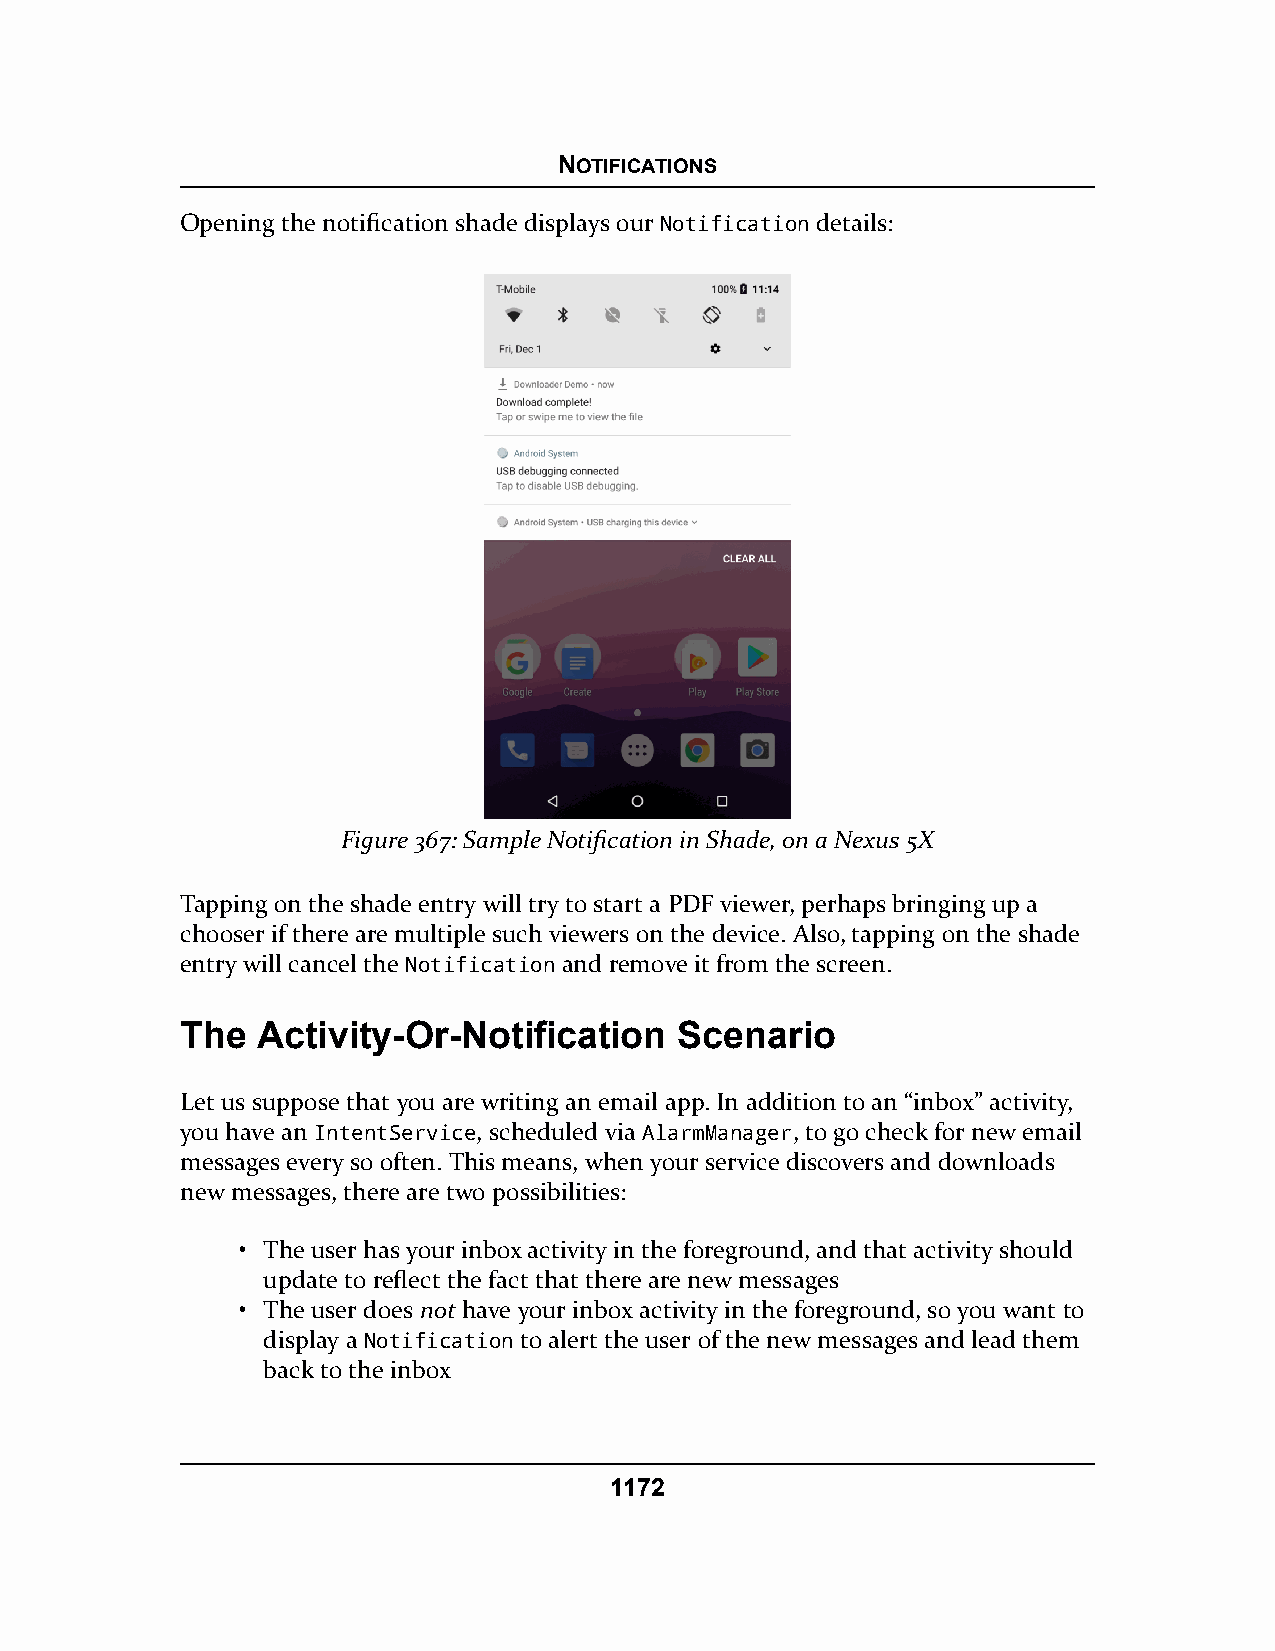
NOTIFICATIONS
 Opening the notification shade displays our Notification details:
 Figure 367: Sample Notification in Shade, on a Nexus 5X
 Tapping on the shade entry will try to start a PDF viewer, perhaps bringing up a
 chooser if there are multiple such viewers on the device. Also, tapping on the shade
 entry will cancel the Notification and remove it from the screen.
 The  Activity-Or-Notification    Scenario
 Let us suppose that you are writing an email app. In addition to an “inbox” activity,
 you have an IntentService, scheduled via AlarmManager, to go check for new email
 messages every so often. This means, when your service discovers and downloads
 new messages, there are two possibilities:
 • The user has your inbox activity in the foreground, and that activity should
 update to reflect the fact that there are new messages
 • The user does not have your inbox activity in the foreground, so you want to
 display a Notification to alert the user of the new messages and lead them
 back to the inbox
 1172